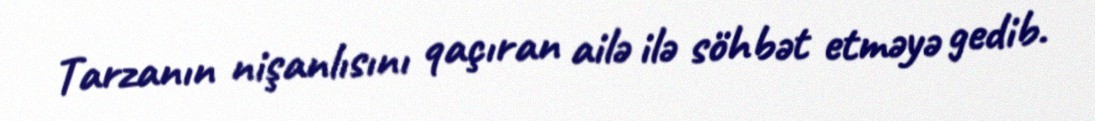
Tarzanın nişanlısını qaçıran ailə ilə söhbət etməyə gedib.